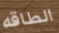
الطاقه